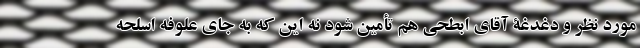
مورد نظر و دغدغۀ آقای ابطحی هم تأمین شود نه این که به جای علوفه اسلحه